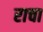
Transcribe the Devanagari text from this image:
राचा